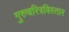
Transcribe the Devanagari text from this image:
गुरुचरित्रविस्तार